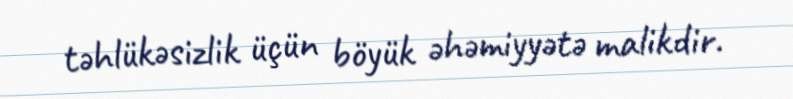
təhlükəsizlik üçün böyük əhəmiyyətə malikdir.